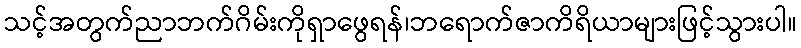
သင့်အတွက်ညာဘက်ဂိမ်းကိုရှာဖွေရန်၊ဘရောက်ဇာကိရိယာများဖြင့်သွားပါ။